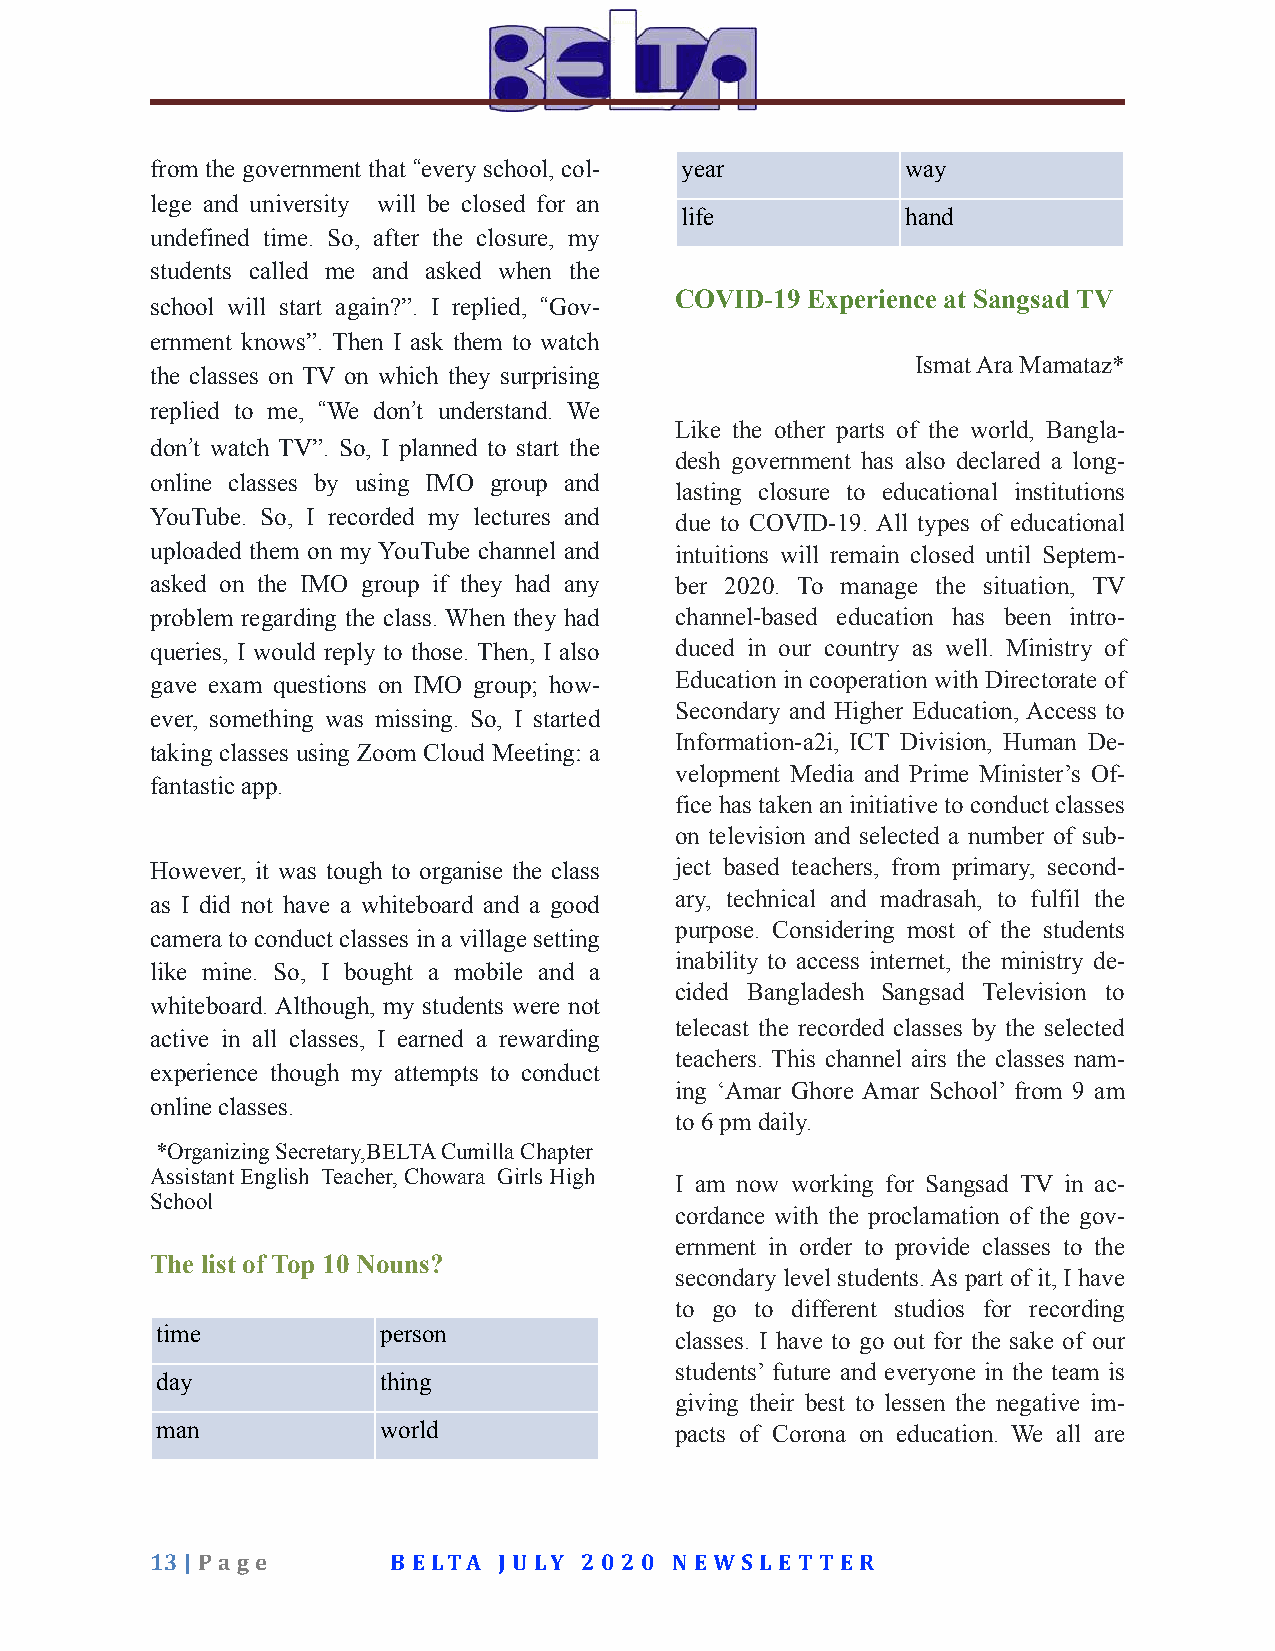
from the government that “every school, col- year way
 lege and university will be closed for an
 life           hand
 undefined time. So, after the closure, my
 students called me and asked when the
 COVID-19 Experience at Sangsad TV
 school will start again?”. I replied, “Gov-
 ernment knows”. Then I ask them to watch
 Ismat Ara Mamataz*
 the classes on TV on which they surprising
 replied to me, “We don’t understand. We
 Like the other parts of the world, Bangla-
 don’t watch TV”. So, I planned to start the
 desh government has also declared a long-
 online classes by using IMO group and
 lasting closure to educational institutions
 YouTube. So, I recorded my lectures and
 due to COVID-19. All types of educational
 uploaded them on my YouTube channel and intuitions will remain closed until Septem-
 asked on the IMO group if they had any ber 2020. To manage the situation, TV
 problem regarding the class. When they had channel-based education has been intro-
 queries, I would reply to those. Then, I also duced in our country as well. Ministry of
 gave exam questions on IMO group; how- Education in cooperation with Directorate of
 Secondary and Higher Education, Access to
 ever, something was missing. So, I started
 Information-a2i, ICT Division, Human De-
 taking classes using Zoom Cloud Meeting: a
 velopment Media and Prime Minister’s Of-
 fantastic app.
 fice has taken an initiative to conduct classes
 on television and selected a number of sub-
 However, it was tough to organise the class ject based teachers, from primary, second-
 ary, technical and madrasah, to fulfil the
 as I did not have a whiteboard and a good
 purpose. Considering most of the students
 camera to conduct classes in a village setting
 inability to access internet, the ministry de-
 like mine. So, I bought a mobile and a
 cided Bangladesh Sangsad Television to
 whiteboard. Although, my students were not
 telecast the recorded classes by the selected
 active in all classes, I earned a rewarding
 teachers. This channel airs the classes nam-
 experience though my attempts to conduct
 ing ‘Amar Ghore Amar School’ from 9 am
 online classes.
 to 6 pm daily.
 *Organizing Secretary,BELTA Cumilla Chapter
 Assistant English Teacher, Chowara Girls High I am now working for Sangsad TV in ac-
 School
 cordance with the proclamation of the gov-
 ernment in order to provide classes to the
 The list of Top 10 Nouns?
 secondary level students. As part of it, I have
 to go to different studios for recording
 time           person
 classes. I have to go out for the sake of our
 students’ future and everyone in the team is
 day            thing
 giving their best to lessen the negative im-
 man            world               pacts of Corona on education. We all are
 13 | Pa g e     B ELTA JU LY 2 0 2 0 N EWS LET T ER